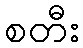
စတီး